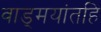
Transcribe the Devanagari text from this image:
वाड्मयांतहि